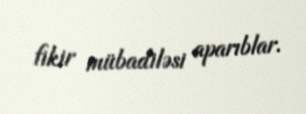
fikir mübadiləsi aparıblar.